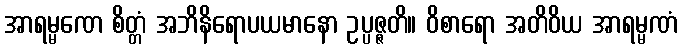
အာရမ္မဏေ စိတ္တံ အဘိနိရောပယမာနော ဥပ္ပဇ္ဇတိ။ ဝိစာရော အတိဝိယ အာရမ္မဏံ